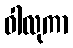
ဝါလုကာ